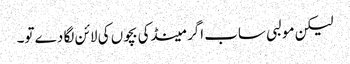
لیکن مولبی ساب اگر مینڈکی بچوں کی لائن لگا دے تو۔